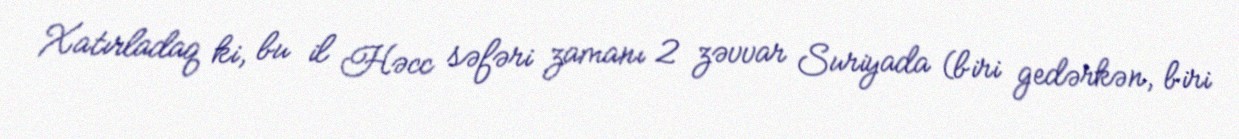
Xatırladaq ki, bu il Həcc səfəri zamanı 2 zəvvar Suriyada (biri gedərkən, biri